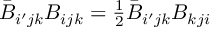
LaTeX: \bar { B } _ { i ^ { \prime } j k } B _ { i j k } = { \textstyle \frac { 1 } { 2 } } \bar { B } _ { i ^ { \prime } j k } B _ { k j i }